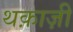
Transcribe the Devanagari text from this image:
थक़ाज़ी